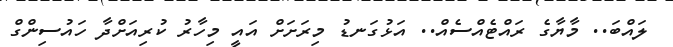
ލައްބަ.. މާޔާގެ ރައްޓެއްސެއް.. އަޅުގަނޑު މިރަށަށް އައީ މިހާރު ކުރިއަށްދާ ހައުސިންގް